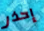
إحذر